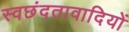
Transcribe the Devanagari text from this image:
स्वछंदतावादियों